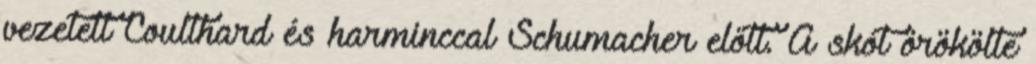
vezetett Coulthard és harminccal Schumacher előtt. A skót örökölte